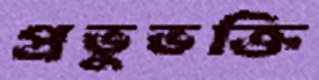
প্রভুভক্তি